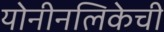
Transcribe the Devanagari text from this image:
योनीनलिकेची